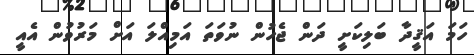
ހަމަ އަޤީދާ ބަލިކަށީ ދަން ޖެހުން ނުވަތަ އަމިއްލަ އަށް މަރުވުން އެއީ